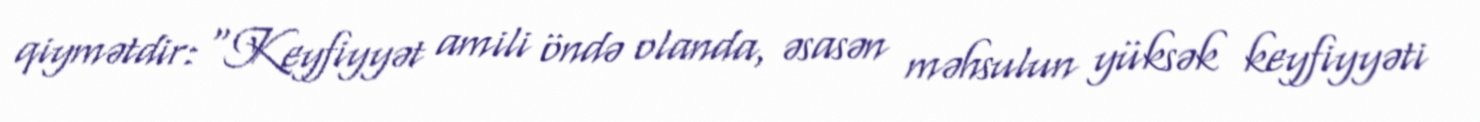
qiymətdir: “Keyfiyyət amili öndə olanda, əsasən məhsulun yüksək keyfiyyəti